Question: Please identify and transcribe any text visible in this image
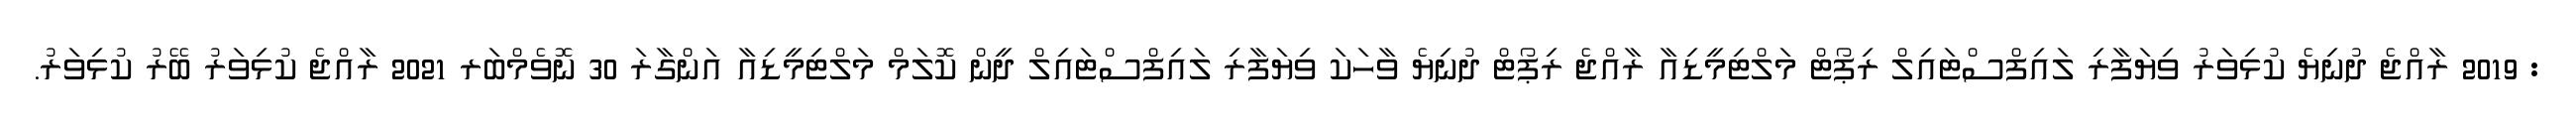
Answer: : 2019 ރާއްޖެ ދުނިޔެ ކުޅިވަރު ވިޔަފާރި ލައިފްސްޓައިލް ރިޕޯޓް މަލްޓިމީޑިއާ ރާއްޖެ ރިޕޯޓް ދުނިޔެ ވާހަކަ ވިޔަފާރި ލައިފްސްޓައިލް ދީން ކޮލަމް މަލްޓިމީޑިއާ އަންގާރަ 30 ނޮވެމްބަރ 2021 ރާއްޖެ ކުޅިވަރު ބޭރު ކުޅިވަރު.